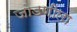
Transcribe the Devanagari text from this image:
जोडणीला